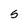
Character: 5